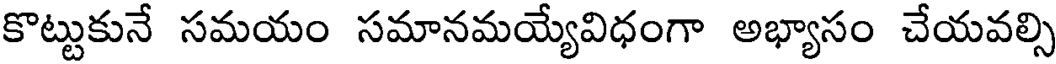
కొట్టుకునే సమయం సమానమయ్యేవిధంగా అభ్యాసం చేయవల్సి